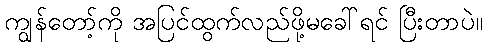
ကျွန်တော့်ကို အပြင်ထွက်လည်ဖို့မခေါ်ရင် ပြီးတာပဲ။